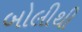
બોલીથી